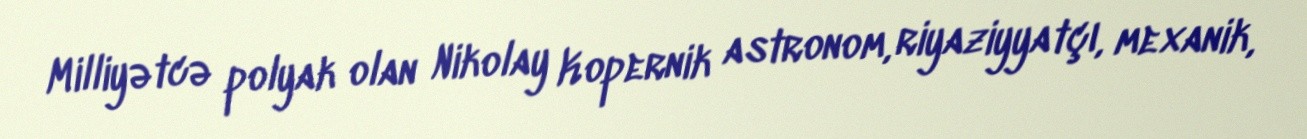
Milliyətcə polyak olan Nikolay Kopernik astronom, riyaziyyatçı, mexanik,